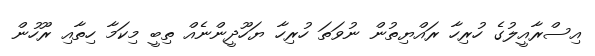
އިސްރާއީލުގެ ހުރިހާ ރައްޔިތުން ނުވަތަ ހުރިހާ ޔަހޫދީންނެއް ތިބީ މިކަމާ ހިތާއި ރޫހުން